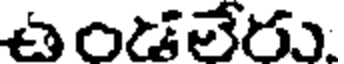
ఉండలేరు.